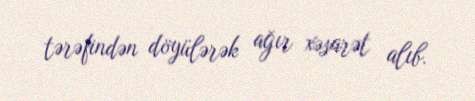
tərəfindən döyülərək ağır xəsarət alıb.